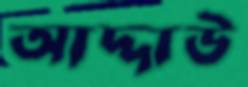
আদ্দাউ